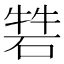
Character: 𥓧